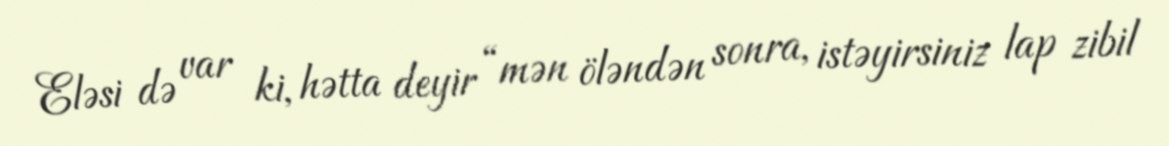
Eləsi də var ki, hətta deyir “mən öləndən sonra, istəyirsiniz lap zibil